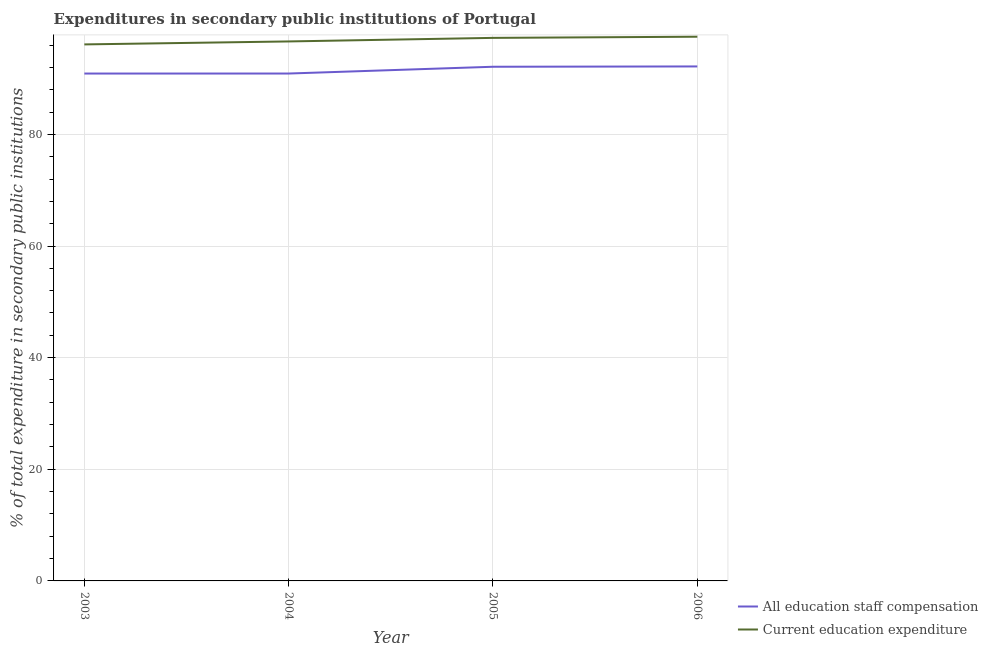
| Year | All education staff compensation | Current education expenditure |
 | --- | --- | --- |
 | 2003 | 90.9 | 96.1 |
 | 2004 | 90.9 | 96.7 |
 | 2005 | 92.1 | 97.3 |
 | 2006 | 92.2 | 97.5 |